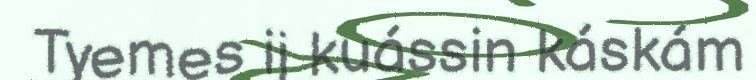
Tyemes ij kuássin káskám